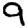
Digit: 9